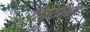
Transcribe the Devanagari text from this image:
दंपतींना